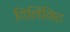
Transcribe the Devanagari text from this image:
टिलिंगिट